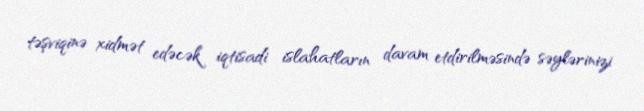
təşviqinə xidmət edəcək iqtisadi islahatların davam etdirilməsində səylərinizi